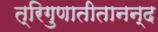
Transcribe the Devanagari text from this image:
त्रिगुणातीतानन्द